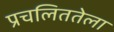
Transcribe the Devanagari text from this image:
प्रचलिततेला